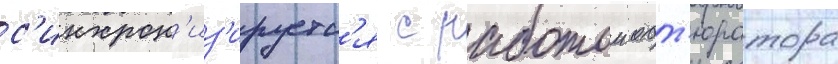
с'инхрон'из'ируетс'я с работои обт'юратора